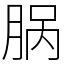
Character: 脶